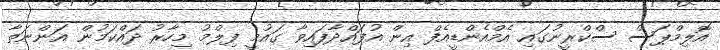
އޮލިމްޕަސް ސްކްރީނުގައި އެމްއެންޑީއެފް އިން އުފައްދާފައިވާ ގައުމީ ފިލްމު މިހާރު ދައްކަމުން އަންނަތާ